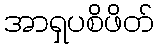
အာရှပစိဖိတ်